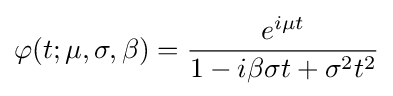
\varphi (t;\mu ,\sigma ,\beta )={\frac {e^{i\mu t}}{1-i\beta \sigma t+\sigma ^{2}t^{2}}}